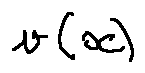
v ( x )